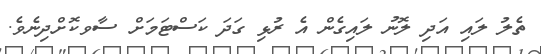
ތެލު ލައި އަދި ލޮނު ލައިގެން އެ ރުޅި ގަދަ ކަސްޓަމަށް ސާވކޮށްދިނެވެ.